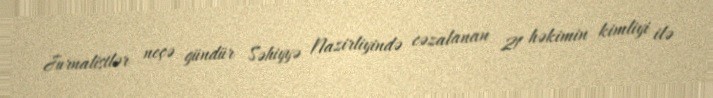
Jurnalistlər neçə gündür Səhiyyə Nazirliyində cəzalanan 21 həkimin kimliyi ilə